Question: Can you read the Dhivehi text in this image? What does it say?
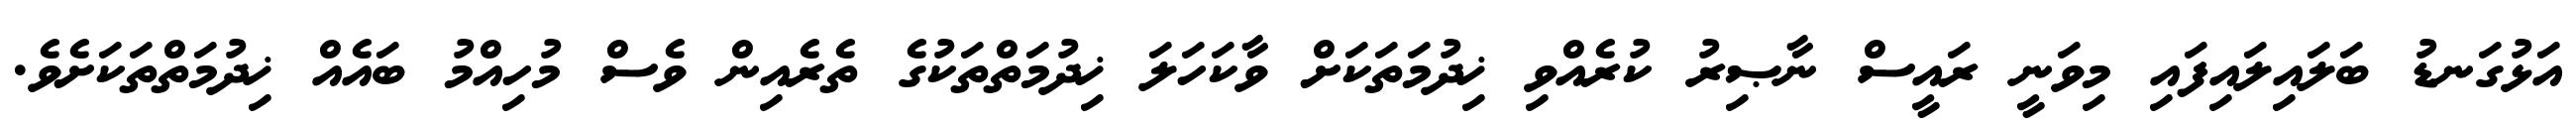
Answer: އަޅުގަނޑު ބަލައިލައިފައި މިވަނީ ރައީސް ނާޞިރު ކުރެއްވި ޚިދުމަތަކަށް ވާކަހަލަ ޚިދުމަތްތަކުގެ ތެރެއިން ވެސް މުހިއްމު ބައެއް ޚިދުމަތްތަކަށެވެ.